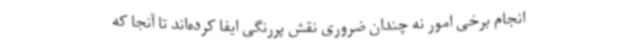
انجام برخی امور نه چندان ضروری نقش پررنگی ایفا کرده‌اند تا آنجا که